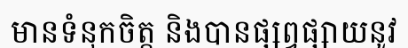
មានទំនុកចិត្ត និងបានផ្សព្វផ្សាយនូវ